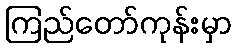
ကြည်တော်ကုန်းမှာ